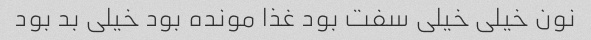
نون خیلی خیلی سفت بود غذا مونده بود خیلی بد بود